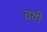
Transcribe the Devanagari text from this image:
वयों